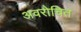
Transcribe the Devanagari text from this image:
अवरोचित